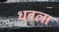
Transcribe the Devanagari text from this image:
धबला